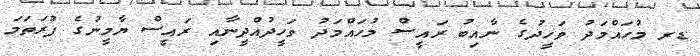
ޑރ މުހައްމަދު ވަހީދުގެ ނާއިބު ރައީސް މުހައްމަދު ވަހީދުއްދީނާއި ރައީސް ޔާމީނުގެ ފުރަތަމަ